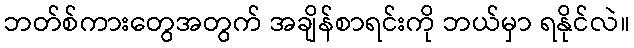
ဘတ်စ်ကားတွေအတွက် အချိန်စာရင်းကို ဘယ်မှာ ရနိုင်လဲ။